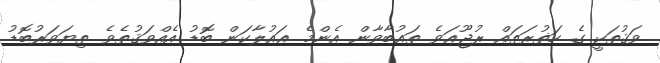
ވަޤުތަކީ ގެ ހަޡުރަތައް ރުޖޫޢަވެ ތަޢުބާވާން އެންމެ ޢައުލާކަން ބޮޑު އެއްވަޤުތެވެ. ތިޔަވަރުބޮޑު